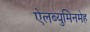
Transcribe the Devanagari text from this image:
ऐलब्युमिनमेह